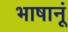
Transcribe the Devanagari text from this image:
भाषानूं